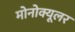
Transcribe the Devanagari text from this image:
मोनोक्यूलर